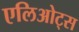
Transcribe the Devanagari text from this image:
एलिओट्स